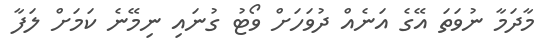
މާދަމާ ނުވަތަ އޭގެ އަނެއް ދުވަހަށް ވޯޓު ގުނައި ނިމޭނެ ކަމަށް ލަފާ